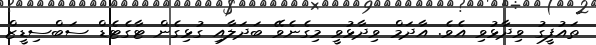
ތައުފީގު ވިދާޅުވި އެވެ. އާދަމް ވިދާޅުވީ މިގެނެވޭ ބަދަލާއި ގުޅިގެން ޓާގެޓެޑް ސަބްސިޑީޒް